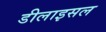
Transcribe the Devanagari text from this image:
डीलाइसल